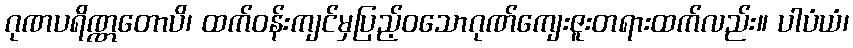
ဂုဏပရိဏ္ဏတောပိ၊ ထက်ဝန်းကျင်မှပြည့်ဝသောဂုဏ်ကျေးဇူးတရားထက်လည်း။ ပါပံယံ၊